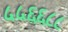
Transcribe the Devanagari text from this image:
५५६६८८